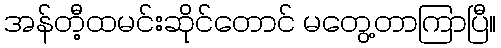
အန်တီ့ထမင်းဆိုင်တောင် မတွေ့တာကြာပြီ။